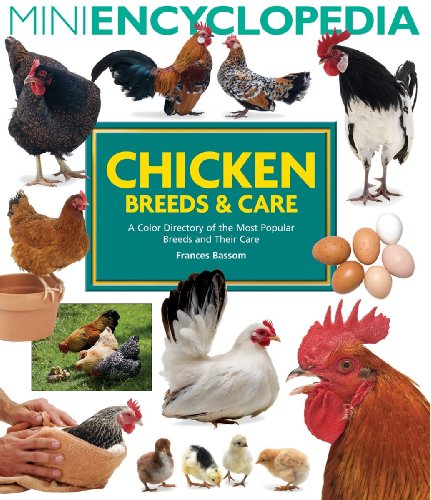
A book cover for Mini Encyclopedia of Chicken Breeds and Care: A Color Directory of the Most Popular Breeds and Their Care; Frances Bassom; Crafts, Hobbies & Home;